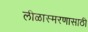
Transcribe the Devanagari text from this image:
लीळास्मरणासाठी